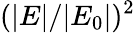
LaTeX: (|E|/|E_{0}|)^{2}